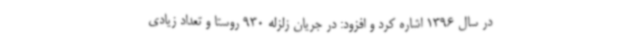
در سال 1396 اشاره کرد و افزود: در جریان زلزله 930 روستا و تعداد زیادی